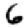
Digit: 6